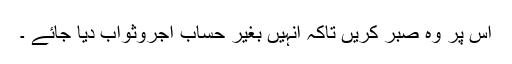
اس پر وہ صبر کریں تاکہ انہیں بغیر حساب اجروثواب دیا جائے ۔